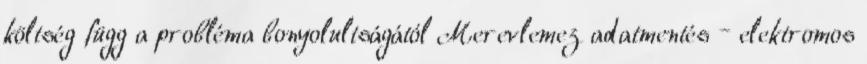
költség függ a probléma bonyolultságától Merevlemez adatmentés – elektromos